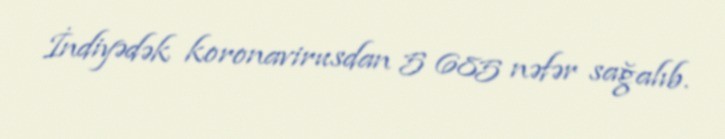
İndiyədək koronavirusdan 5 685 nəfər sağalıb.